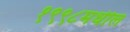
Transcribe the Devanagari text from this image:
१९९८मधील